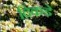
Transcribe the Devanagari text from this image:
दिकडे